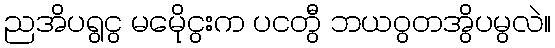
ညအိပရွငွ မမေိုငွးက ပငတွီ ဘယဝွတအွိပမွလဲ။